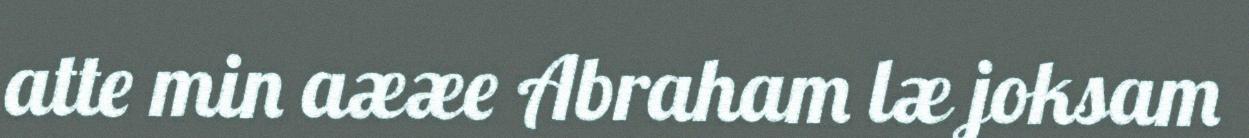
atte min aææe Abraham læ joksam